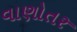
વાણોતર